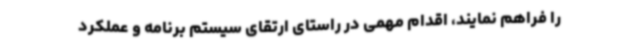
را فراهم نمایند، اقدام مهمی در راستای ارتقای سیستم برنامه و عملکرد